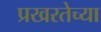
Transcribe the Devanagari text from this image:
प्रखरतेच्या